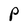
Character: P